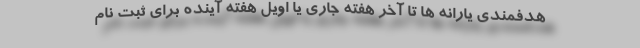
هدفمندی یارانه ها تا آخر هفته جاری یا اویل هفته آینده برای ثبت نام